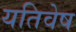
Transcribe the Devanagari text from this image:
यतिवेष